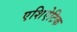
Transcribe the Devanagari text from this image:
एशिऐटिक